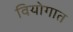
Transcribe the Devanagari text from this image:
वियोगात